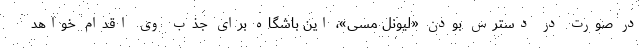
در صورت در دسترس بودن «لیونل مسی»، این باشگاه برای جذب وی اقدام خواهد